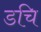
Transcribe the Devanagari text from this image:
डचि